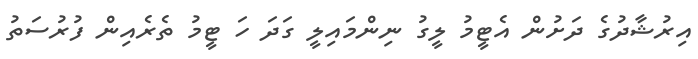
އިރުޝާދުގެ ދަށުން އެޓީމު ލީގު ނިންމައިލީ ގަދަ ހަ ޓީމު ތެރެއިން ފުރުސަތު